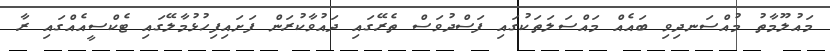
މައުލޫމާތު މުއްސަނދިވި ބައެއް މައްސަލަތަކުގައި ފަސްދުވަސް ތެރޭގައި ދައުވާކުރަން ފަށައިފިހުޅުމާލޭގައި ޓެކްސީއެއްގައި ރާ